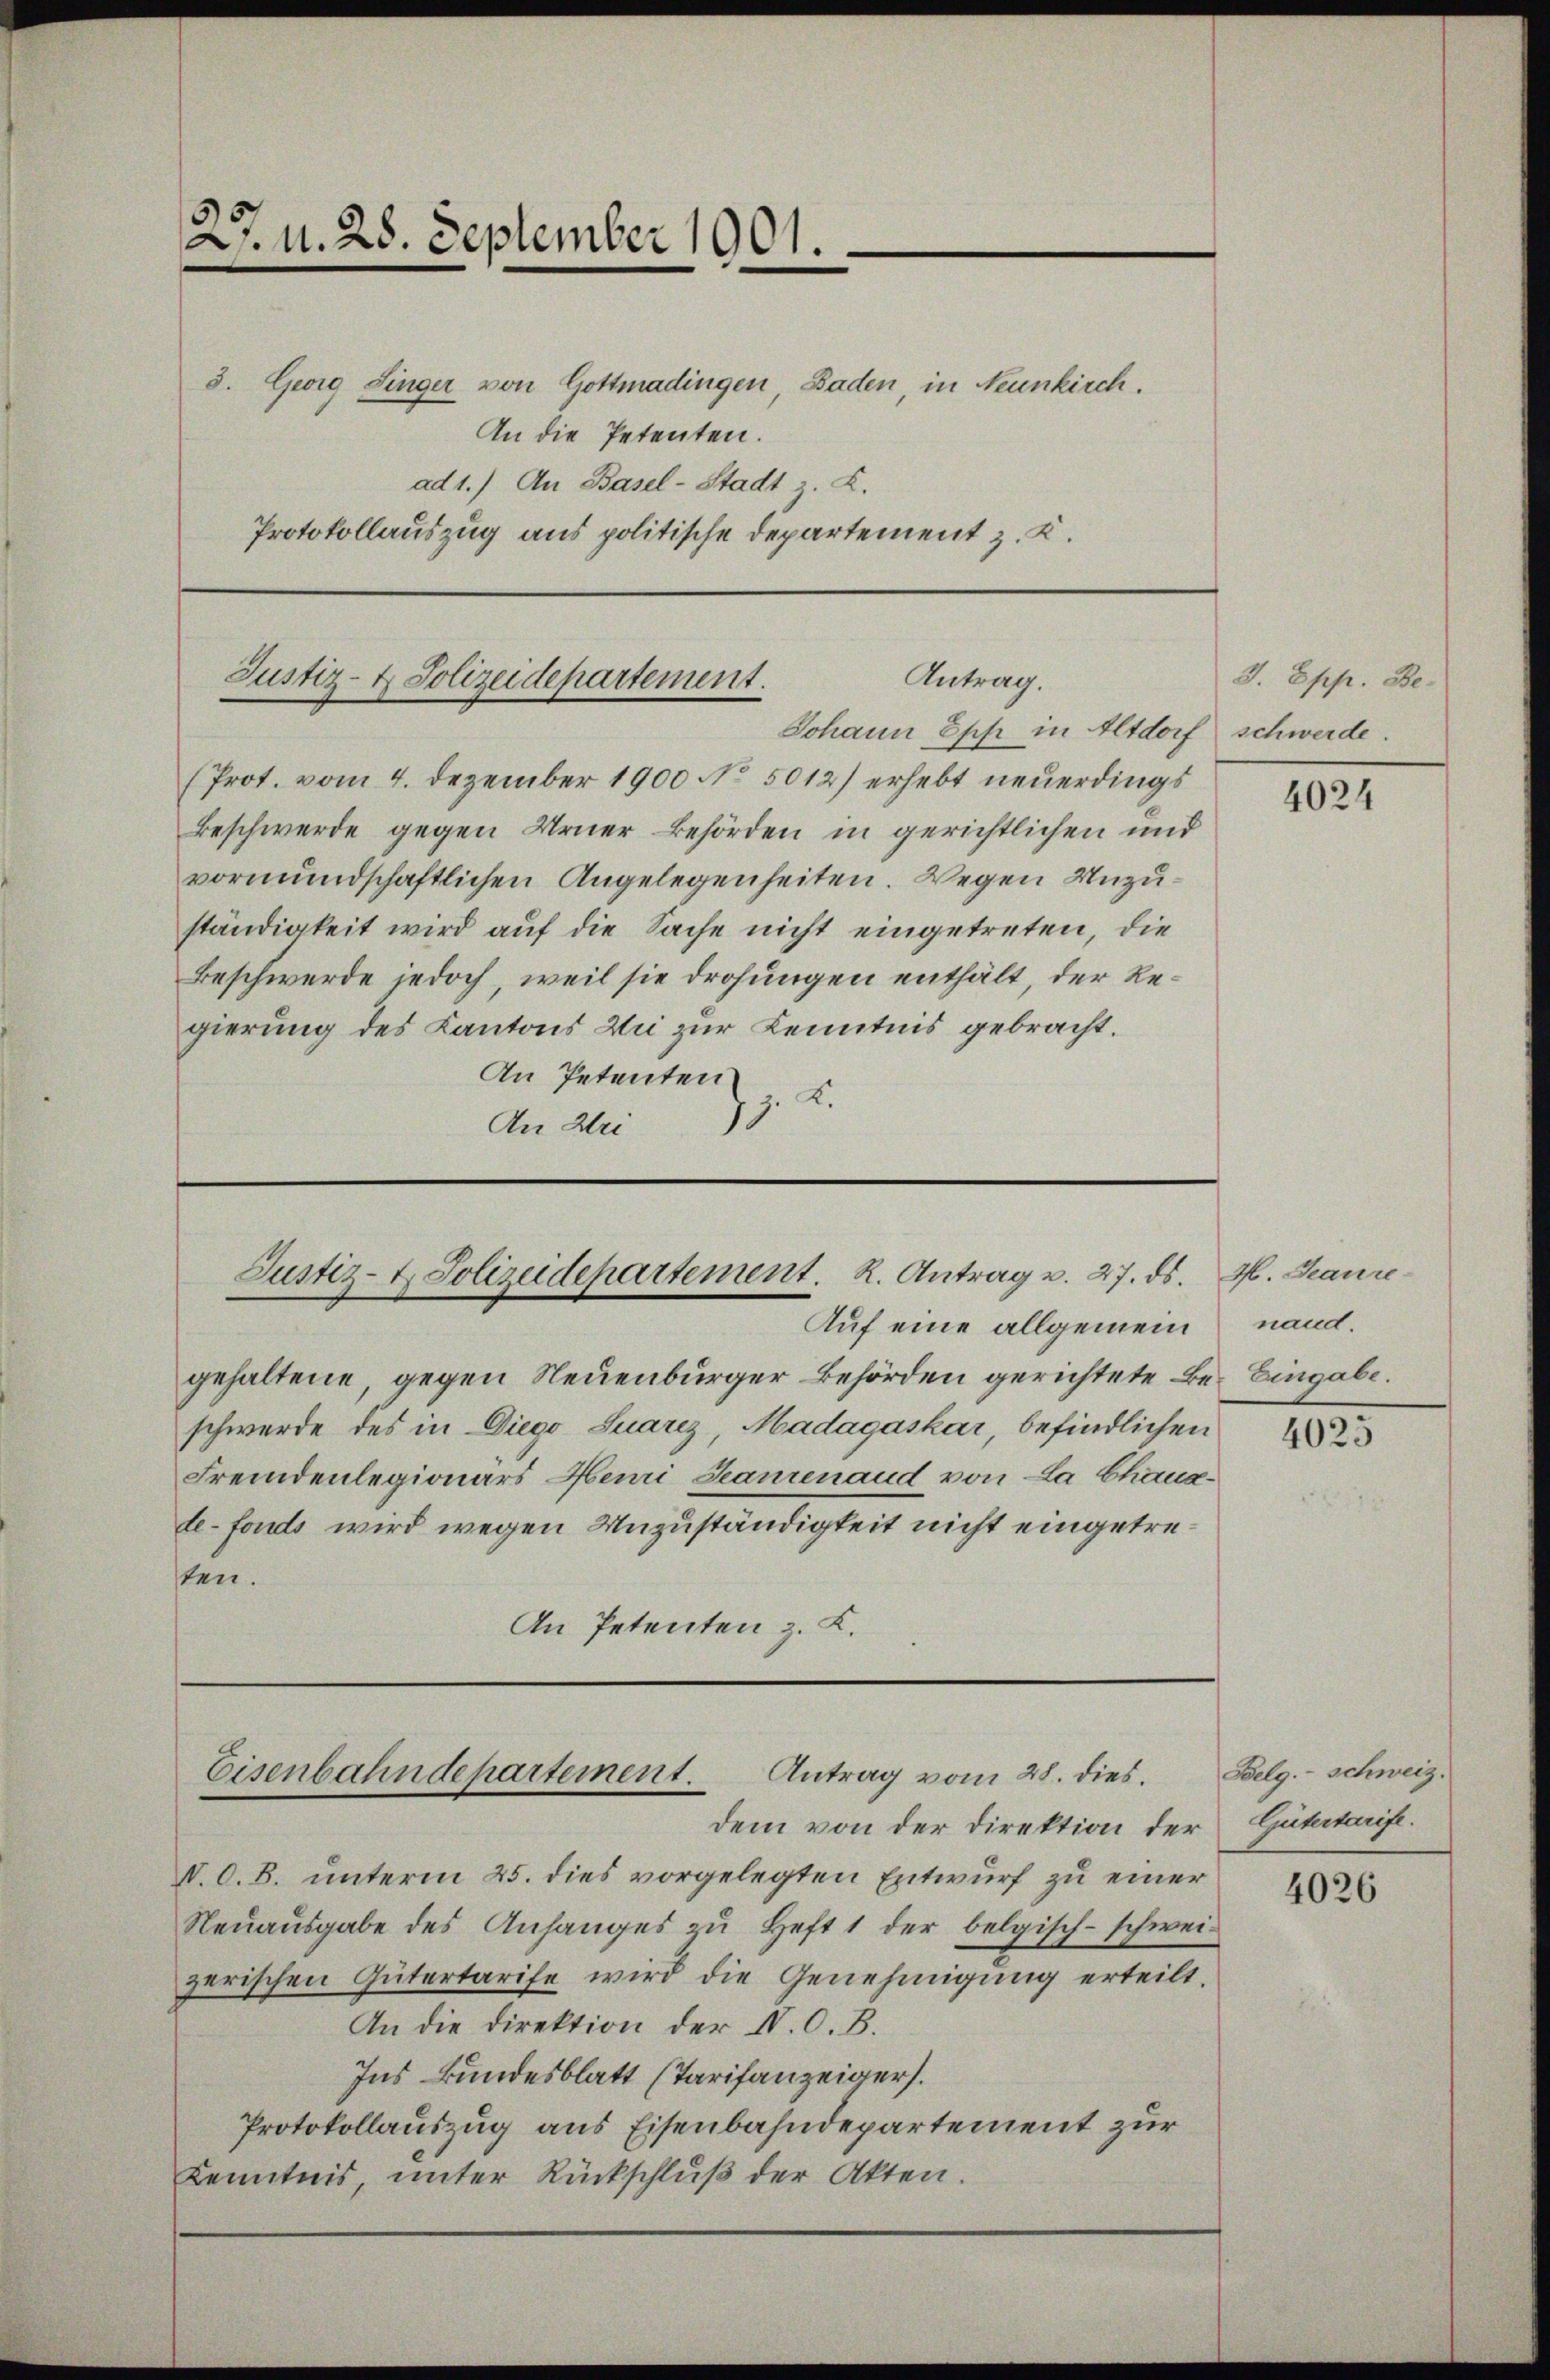
27. N. 28. September 1901.
8. Georg Singer von Gottmadingen, Baden, in Neunkirch.
An die Petenten.
ad 1.) An Basel-Stadt z. Z.
Protokollauszug aus politische Departement z. K.

Antrag.
Justiz- & Polizeidepartement.
Johann Epp in Altdorf schwerde.

(Prot. vom 4. Dezember 1900 No. 5012) erhebt neuerdings
Beschwerde gegen Urner Behörden in gerichtlichen und
vormundschaftlichen Angelegenheiten. Wegen Unzuständigkeit wird auf die Sache nicht eingetreten, die
Beschwerde jedoch, weil sie drohungen enthält, der Regierung des Kantons Die zur Kenntnis gebracht.
An Petenten
. K.
An Wei

Justiz- & Polizeidepartement. R. Antrag v. 27. ds.
Auf eine allgemein

gehaltene, gegen Neuenburger Behörden gerichtete Be- Eingabe.
schwerde des in Diego Suarez, Madagaskar, befindlichen
Fremdenlegionärs Henri Sanenaud von La Chanade-fonds wird wegen Unzuständigkeit nicht eingetresten.
An Petenten z. K.

Eisenbahndepartement. Antrag vom 28. dies

V. O. B. unterm 25. dies vorgelegten Entwurf zu einer
Neŭaŭsgabe des Anhanges zŭ Heft 1 der belgisch-schwei-
zerischen Gütertarife wird die Genehmigung erteilt.
An die Direktion der IV. O. B.
Ins Bundesblatt (Tarifanzeigers.
Protokollauszug aus Eisenbahndepartement zur
Kenntnis, unter Rückschlŭβ der Akten.

dem von der Direktion der

3. Epp. Be¬

4024

M. Laure
nand.

4025

Belg. - Schweiz.
Gütertarife.

4026